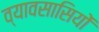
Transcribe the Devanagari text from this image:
व्यावसासियों